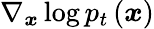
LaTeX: \nabla_{\boldsymbol{x}}\log p_{t}\left(\boldsymbol{x}\right)